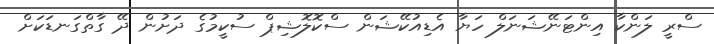
ސްރީ ލަންކާ އިންޓަނޭޝަނަލް ހަޔާ އެޑިއުކޭޝަން ސްކޮލޮޝިޕް ސުކީމުގެ ދަށުން ދޭ ގާތްގަނޑަކަށް